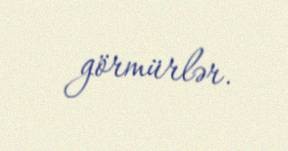
görmürlər.